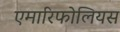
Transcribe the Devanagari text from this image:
एमारिफोलियस